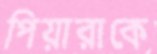
পিয়ারাকে